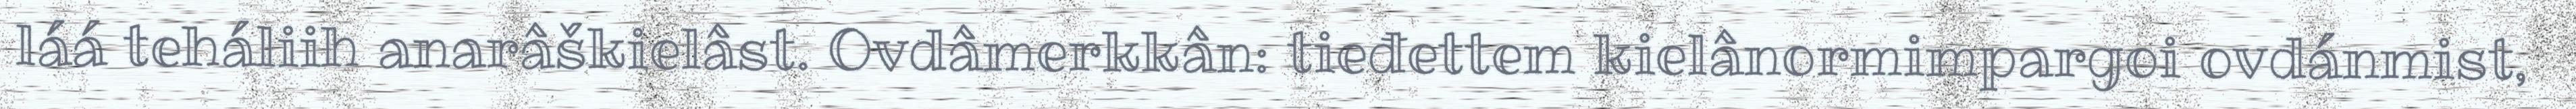
láá teháliih anarâškielâst. Ovdâmerkkân: tieđettem kielânormimpargoi ovdánmist,